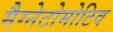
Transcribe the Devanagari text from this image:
मैग्नेटोमोटिव